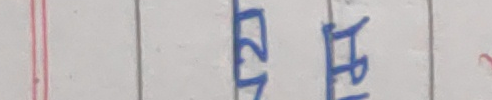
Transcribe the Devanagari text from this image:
२१ चैत